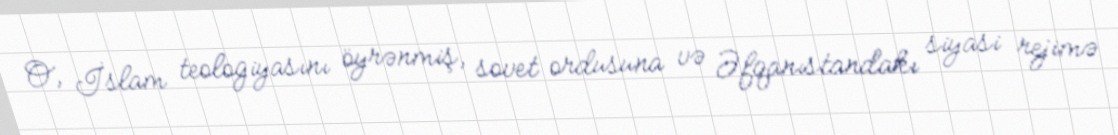
O, İslam teologiyasını öyrənmiş, sovet ordusuna və Əfqanıstandakı siyasi rejimə